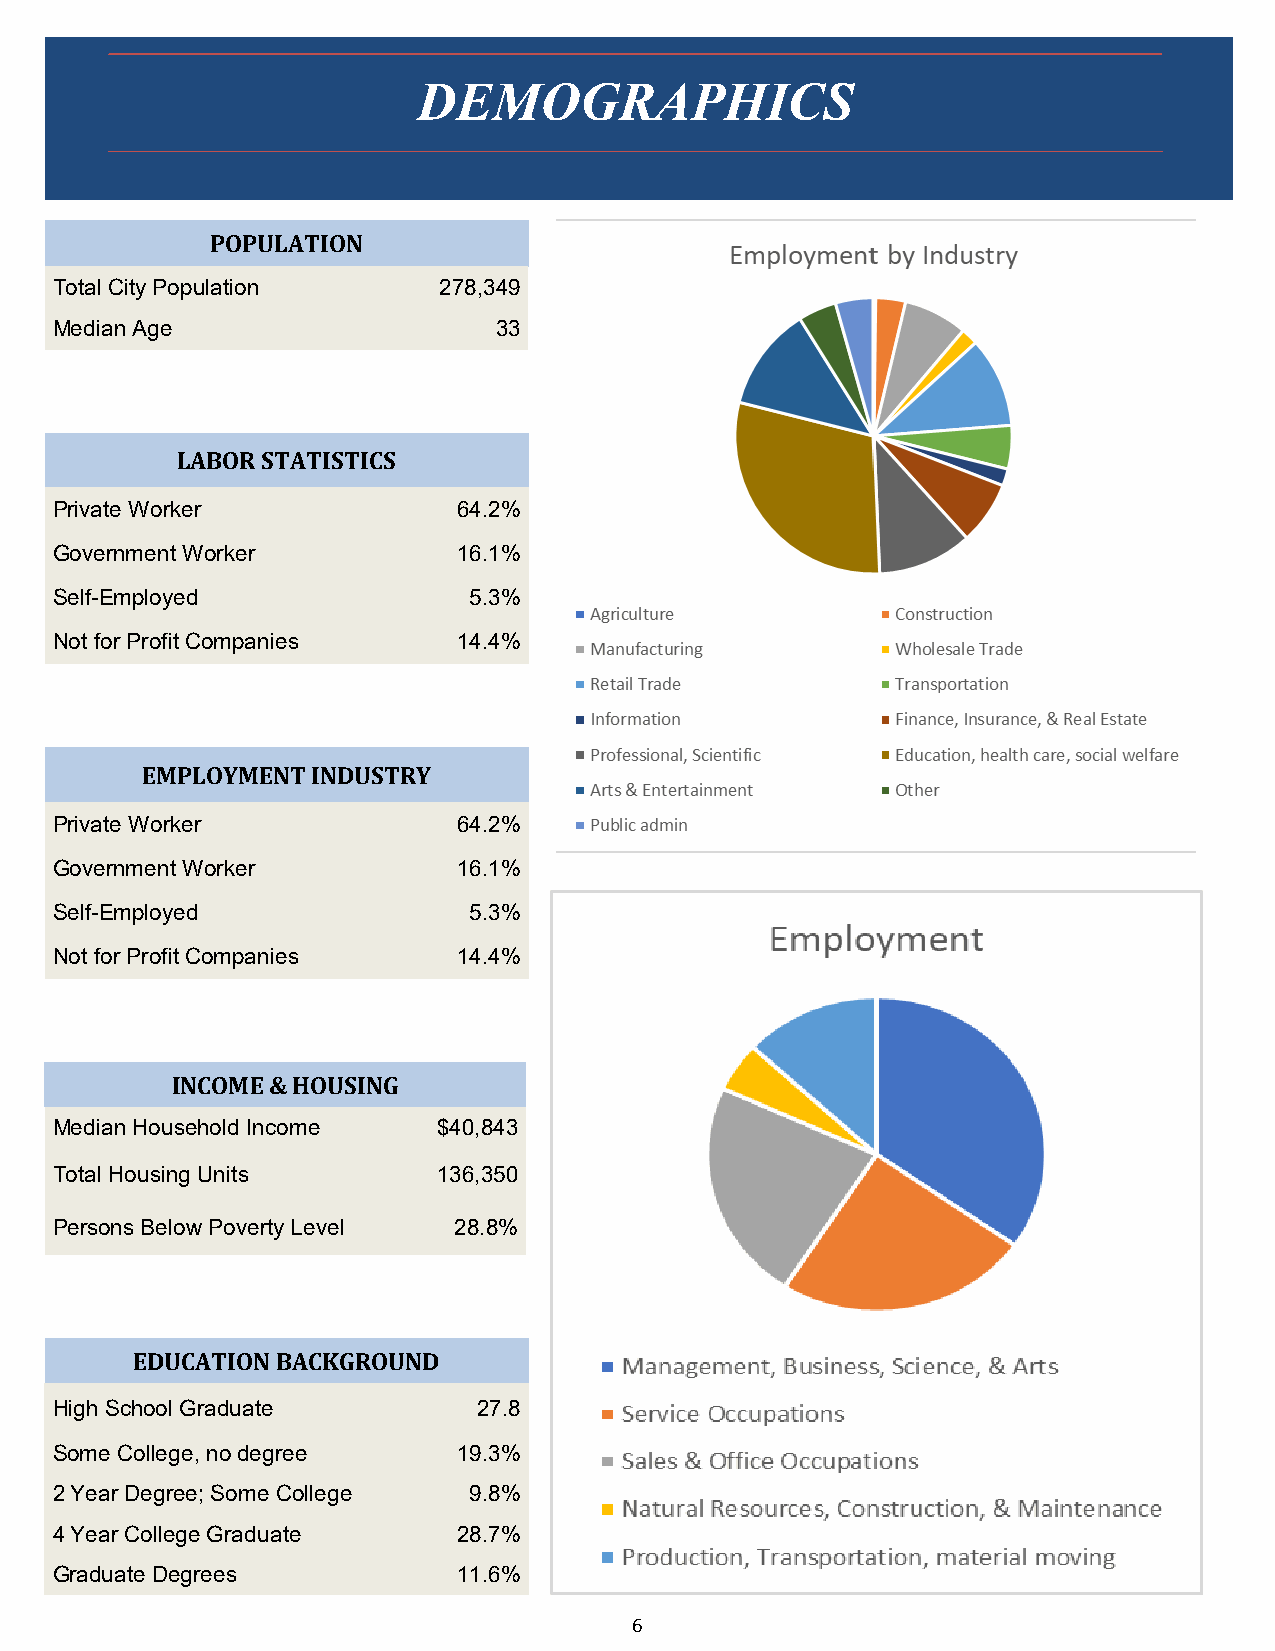
DEMOGRAPHICS
 POPULATION
 Total City Population     278,349
 Median Age                    33
 LABOR STATISTICS
 Private Worker             64.2%
 Government Worker          16.1%
 Self-Employed               5.3%
 Not for Profit Companies   14.4%
 EMPLOYMENT  INDUSTRY
 Private Worker             64.2%
 Government Worker          16.1%
 Self-Employed               5.3%
 Not for Profit Companies   14.4%
 INCOME & HOUSING
 Median Household Income   $40,843
 Total Housing Units       136,350
 Persons Below Poverty Level 28.8%
 EDUCATION BACKGROUND
 High School Graduate         27.8
 Some College, no degree    19.3%
 2 Year Degree; Some College 9.8%
 4 Year College Graduate    28.7%
 Graduate Degrees           11.6%
 6